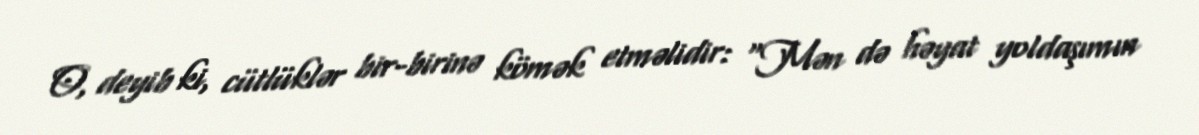
O, deyib ki, cütlüklər bir-birinə kömək etməlidir: “Mən də həyat yoldaşımın